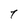
Character: T